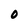
Character: O